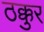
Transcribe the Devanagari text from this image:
ठक्कुर